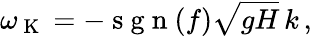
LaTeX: \omega_{\mathrm{~K~}}=-\mathrm{~s~g~n~}(f)\sqrt{gH}\, k\, ,